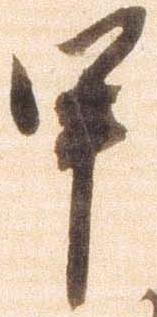
甲